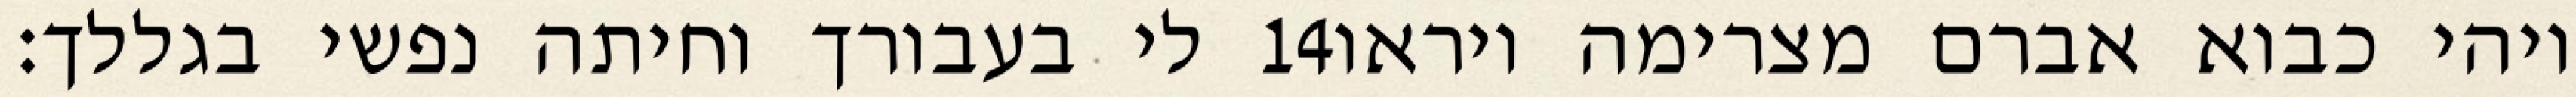
לי בעבורך וחיתה נפשי בגללך׃ ‎14‏ ויהי כבוא אברם מצרימה ויראו